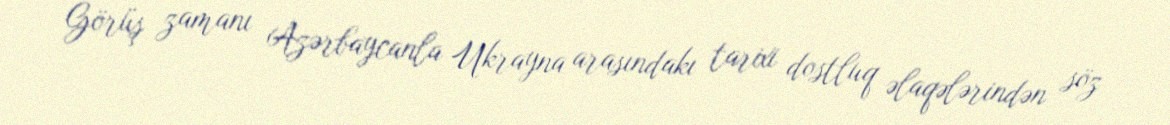
Görüş zamanı Azərbaycanla Ukrayna arasındakı tarixi dostluq əlaqələrindən söz